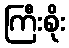
ကြီးစိုး